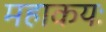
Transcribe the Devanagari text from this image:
महाकयः